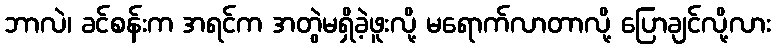
ဘာလဲ၊ ခင်စန်းက အရင်က အတွဲမရှိခဲ့ဖူးလို့ မရောက်လာတာလို့ ပြောချင်လို့လား